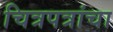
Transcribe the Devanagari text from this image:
चित्रपत्रांचा